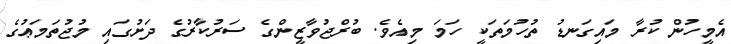
އެމީހުން ކުރާ މައިގަނޑު ތުހުމަތަކީ ހަމަ މިއެވެ. ބުރްޖުވާޒީންގެ ސަރުކާރުގެ ދަށުގައި މުޖުތަމަޢުގެ